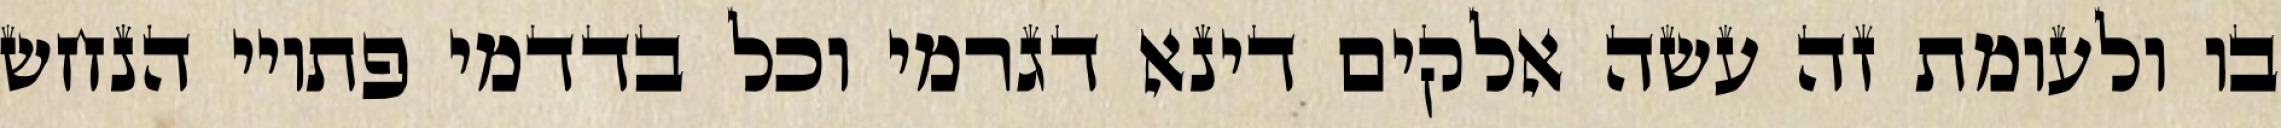
בו ולעומת זה עשה אלקים דינא דגרמי וכל בדדמי פתויי הנחש